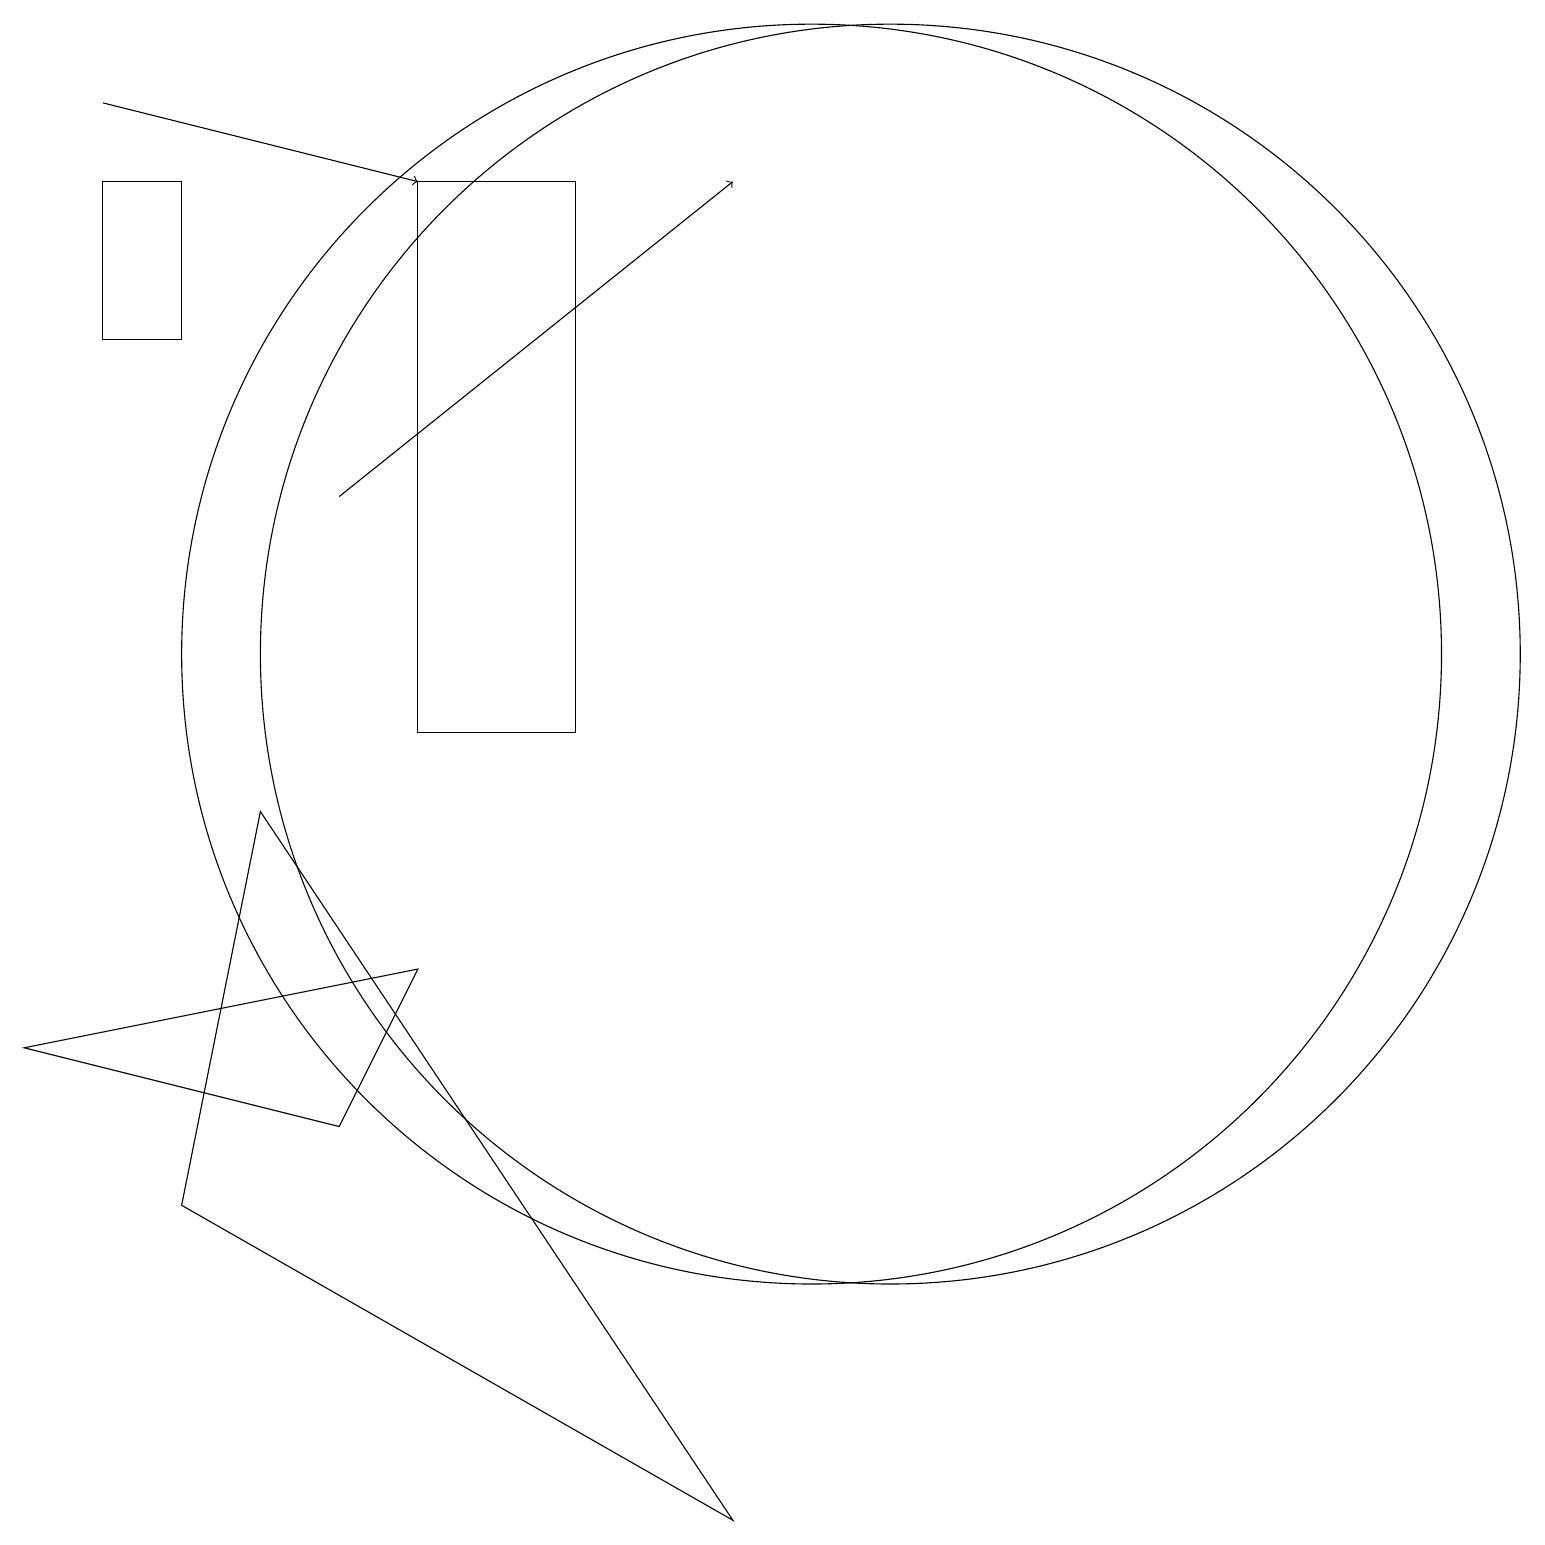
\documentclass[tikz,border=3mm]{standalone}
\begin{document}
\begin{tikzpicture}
\draw (7,10) rectangle (5,17);
\draw (3,9) -- (2,4) -- (9,0) -- cycle;
\draw (5,7) -- (4,5) -- (0,6) -- cycle;
\draw (2,17) rectangle (1,15);
\draw (10,11) circle (8);
\draw[->] (4,13) -- (9,17);
\draw (11,11) circle (8);
\draw[->] (1,18) -- (5,17);
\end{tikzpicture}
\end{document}